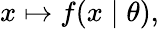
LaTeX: x\mapsto f(x\mid\theta),